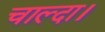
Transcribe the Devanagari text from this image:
चाल्दा।